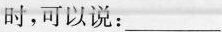
时,可以说:___